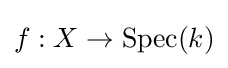
f:X\to \operatorname {Spec} (k)